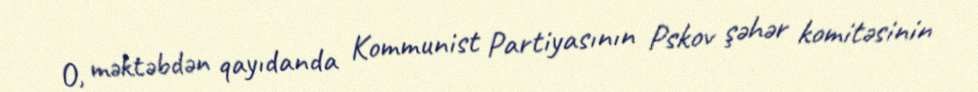
O, məktəbdən qayıdanda Kommunist Partiyasının Pskov şəhər komitəsinin